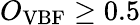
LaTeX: O_{\mathrm{VBF}}\geq 0.5